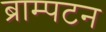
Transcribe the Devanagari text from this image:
ब्राम्पटन